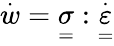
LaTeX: \overset{\cdot}{w}=\underset{=}{\sigma}:\overset{\cdot}{\underset{=}{\varepsilon}}